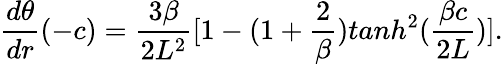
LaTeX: {\frac{d\theta}{dr}}(-c)={\frac{3\beta}{2L^{2}}}[1-(1+{\frac{2}{\beta}})tanh^{2}({\frac{\beta c}{2L}})].